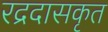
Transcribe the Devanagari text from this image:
रद्रदासकृत